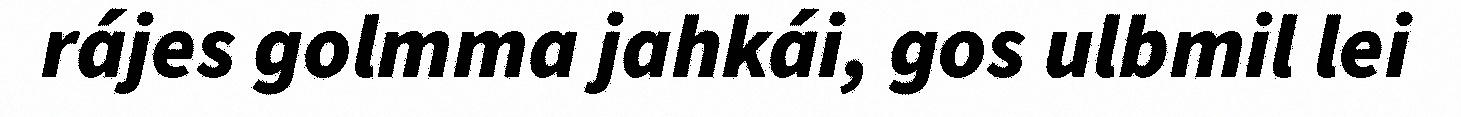
rájes golmma jahkái, gos ulbmil lei